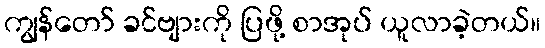
ကျွန်တော် ခင်ဗျားကို ပြဖို့ စာအုပ် ယူလာခဲ့တယ်။